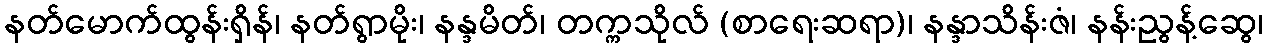
နတ်မောက်ထွန်းရှိန်၊ နတ်ရွာမိုး၊ နန္ဒမိတ်၊ တက္ကသိုလ် (စာရေးဆရာ)၊ နန္ဒာသိန်းဇံ၊ နန်းညွန့်ဆွေ၊